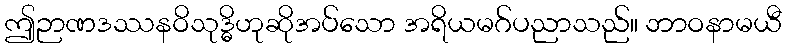
ဤဉာဏဒဿနဝိသုဒ္ဓိဟုဆိုအပ်သော အရိယမဂ်ပညာသည်။ ဘာဝနာမယီ